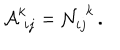
{ \cal A } _ { \, \, i j } ^ { k } = { \cal N } _ { i j } ^ { \, \, k } \, .